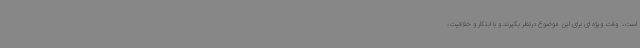
است، ‌ وقت ویژه ای برای این موضوع درنظر بگیرند و با ابتکار و خلاقیت،